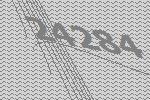
24284